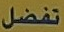
تفضل